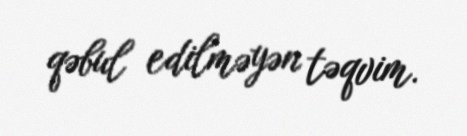
qəbul edilməyən təqvim.